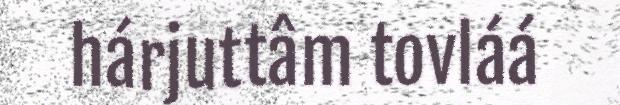
hárjuttâm tovláá